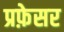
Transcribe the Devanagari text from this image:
प्रफ़ेसर